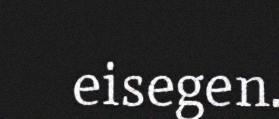
eisegen.